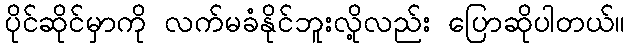
ပိုင်ဆိုင်မှာကို လက်မခံနိုင်ဘူးလို့လည်း ပြောဆိုပါတယ်။